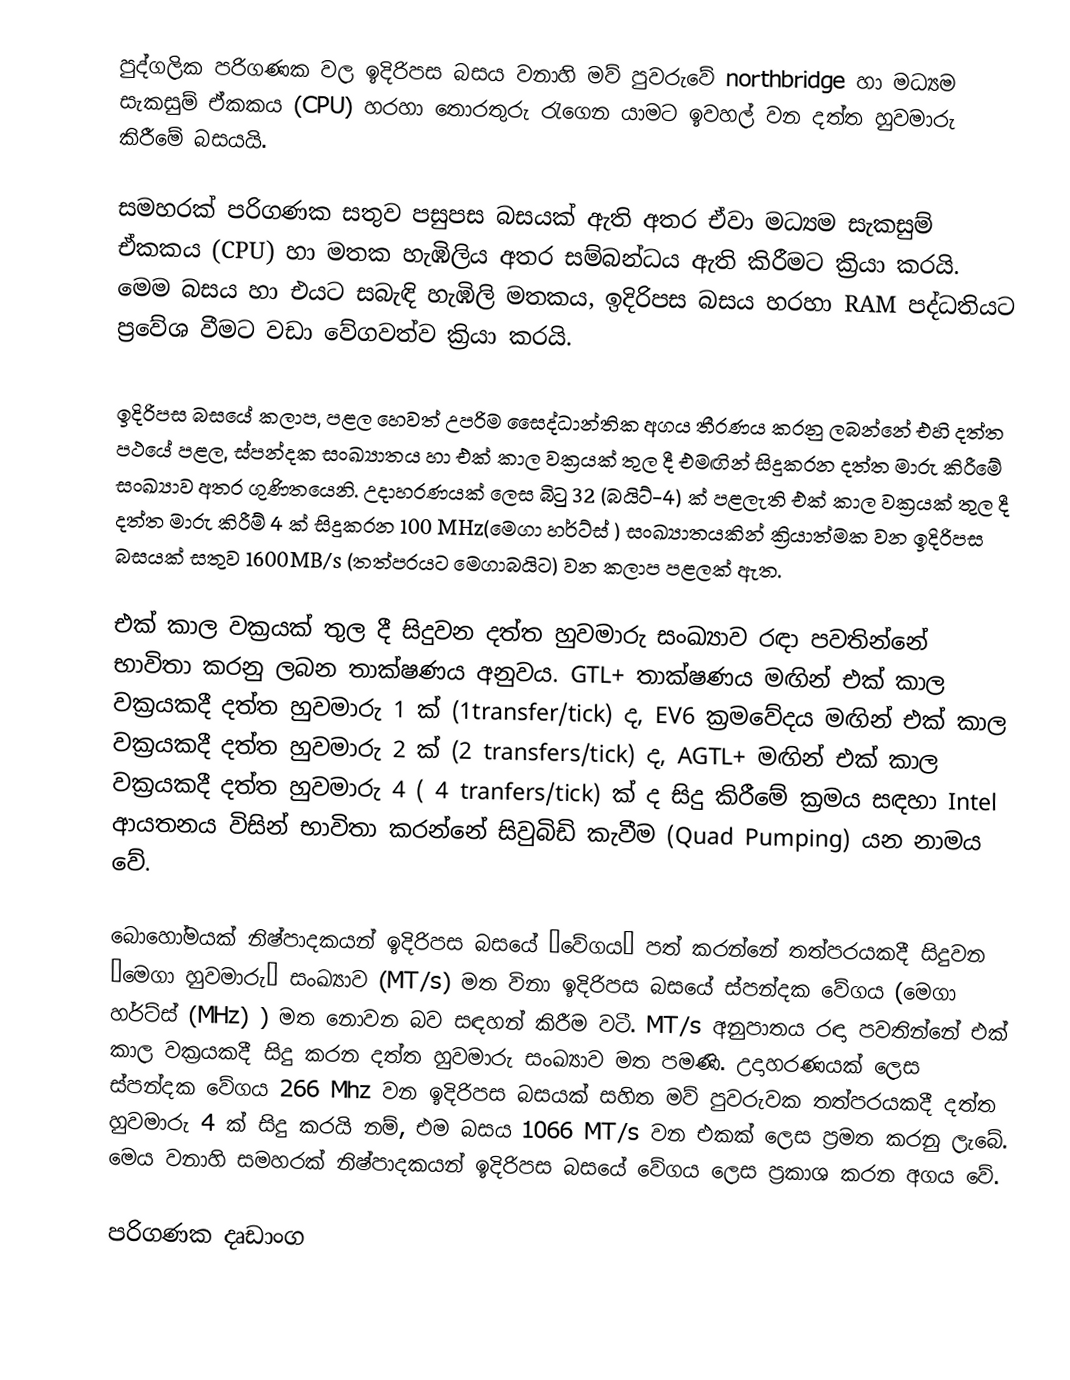
පුද්ගලික පරිගණක වල ඉදිරිපස බසය වනාහි මව් පුවරුවේ northbridge හා මධ්‍යම සැකසුම් ඒකකය (CPU) හරහා තොරතුරු රැගෙන යාමට ඉවහල් වන දත්ත හුවමාරු කිරීමේ බසයයි.

සමහරක් පරිගණක සතුව පසුපස බසයක් ඇති අතර ඒවා මධ්‍යම සැකසුම් ඒකකය (CPU) හා මතක හැඹිලිය අතර සම්බන්ධය ඇති කිරීමට ක්‍රියා කරයි. මෙම බසය හා එයට සබැඳි හැඹිලි මතකය, ඉදිරිපස බසය හරහා RAM පද්ධතියට ප්‍රවේශ වීමට වඩා වේගවත්ව ක්‍රියා කරයි.

ඉදිරිපස බසයේ කලාප, පළල හෙවත් උපරිම සෛද්ධාන්තික අගය තීරණය කරනු ලබන්නේ එහි දත්ත පථයේ පළල, ස්පන්දක සංඛ්‍යාතය හා එක් කාල වක්‍රයක් තුල දී එමඟින් සිදුකරන දත්ත මාරු කිරීමේ සංඛ්‍යාව අතර ගුණිතයෙනි. උදාහරණයක් ලෙස බිටු 32 (බයිට්-4) ක් පළලැති එක් කාල වක්‍රයක් තුල දී දත්ත මාරු කිරීම් 4 ක් සිදුකරන  100 MHz(මෙගා හර්ට්ස් ) සංඛ්‍යාතයකින් ක්‍රියාත්මක වන ඉදිරිපස බසයක් සතුව 1600MB/s (තත්පරයට මෙගාබයිට) වන කලාප පළලක් ඇත.

එක් කාල වක්‍රයක් තුල දී සිදුවන දත්ත හුවමාරු සංඛ්‍යාව රඳා පවතින්නේ භාවිතා කරනු ලබන තාක්ෂණය අනුවය. GTL+ තාක්ෂණය මඟින් එක් කාල වක්‍රයකදී දත්ත හුවමාරු 1 ක්  (1transfer/tick) ද, EV6 ක්‍රමවේදය මඟින් එක් කාල වක්‍රයකදී දත්ත හුවමාරු 2 ක්  (2 transfers/tick) ද, AGTL+  මඟින් එක් කාල වක්‍රයකදී දත්ත හුවමාරු 4 ( 4 tranfers/tick) ක් ද සිදු කිරීමේ ක්‍රමය සඳහා  Intel ආයතනය විසින් භාවිතා කරන්නේ සිවුබිඩි කැවීම (Quad Pumping) යන නාමය වේ.

බොහෝමයක් නිෂ්පාදකයන් ඉදිරිපස බසයේ ‘වේගය’ පත් කරන්නේ තත්පරයකදී සිදුවන ‘මෙගා හුවමාරු’ සංඛ්‍යාව  (MT/s) මත විනා ඉදිරිපස බසයේ ස්පන්දක වේගය (මෙගා හර්ට්ස් (MHz) ) මත නොවන බව සඳහන් කිරීම වටී. MT/s අනුපාතය රඳා පවතින්නේ එක් කාල වක්‍රයකදී සිදු කරන දත්ත හුවමාරු සංඛ්‍යාව මත පමණි. උදාහරණයක් ලෙස ස්පන්දක වේගය  266 Mhz වන ඉදිරිපස බසයක් සහිත මව් පුවරුවක තත්පරයකදී දත්ත හුවමාරු 4 ක් සිදු කරයි නම්, එම බසය  1066 MT/s වන එකක් ලෙස ප්‍රමත කරනු ලැබේ. මෙය වනාහි සමහරක් නිෂ්පාදකයන් ඉදිරිපස බසයේ වේගය ලෙස ප්‍රකාශ කරන අගය වේ.

පරිගණක දෘඩාංග